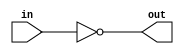
`timescale 1ns / 1ps

module inverter( input in, output out );
assign out = ~in; 
endmodule

module tb_inverter;
reg in;
wire out;

inverter dut (in, out);

initial begin
  $dumpfile("Inverter.vcd");
  $dumpvars(0, tb_inverter);
end

initial begin
#10 in = 1'b0;
#10 in = 1'b1;
#10 $finish;
end

initial begin
$monitor("Input = %b", in);
$monitor("Output = %b", out);
end
endmodule